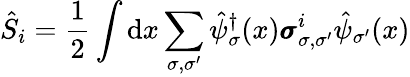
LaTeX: \hat{S}_{i}=\frac{1}{2}\int\mathrm{d}x\sum_{\sigma,\sigma^{\prime}}\hat{\psi}_{\sigma}^{\dagger}(x)\pmb{\sigma}_{\sigma,\sigma^{\prime}}^{i}\hat{\psi}_{\sigma^{\prime}}(x)